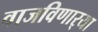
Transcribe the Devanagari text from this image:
वाजविणार्‍या